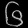
Digit: ၆